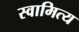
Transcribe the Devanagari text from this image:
स्वामित्य